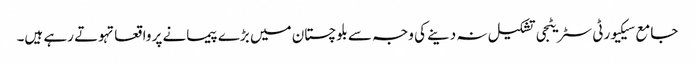
جامع سیکیورٹی سٹریٹجی تشکیل نہ دینے کی وجہ سے بلوچستان میں بڑے پیمانے پر واقعاتہوتے رہے ہیں۔